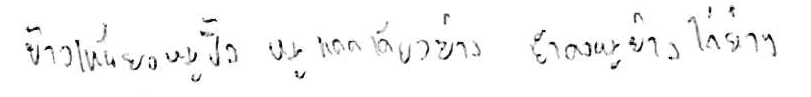
ข้าวเหนียวหมูปิ้ง หมูแดดเดียวย่าง ยำคอหมูย่าง ไก่ย่าง